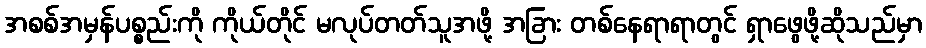
အစစ်အမှန်ပစ္စည်းကို ကိုယ်တိုင် မလုပ်တတ်သူအဖို့ အခြား တစ်နေရာရာတွင် ရှာဖွေဖို့ဆိုသည်မှာ